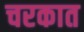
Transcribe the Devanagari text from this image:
चरकात